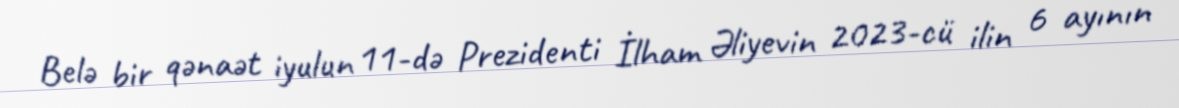
Belə bir qənaət iyulun 11-də Prezidenti İlham Əliyevin 2023-cü ilin 6 ayının